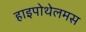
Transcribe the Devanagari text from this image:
हाइपोथेलमस